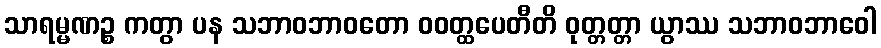
သာရမ္မဏဉ္စ ကတွာ ပန သဘာဝဘာဝတော ဝဝတ္ထပေတီတိ ဝုတ္တတ္တာ ယွာဿ သဘာဝဘာဝေါ